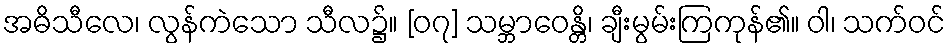
အဓိသီလေ၊ လွန်ကဲသော သီလ၌။ [၀၇] သမ္ဘာဝေန္တိ၊ ချီးမွမ်းကြကုန်၏။ ဝါ၊ သက်ဝင်